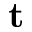
\mathbf { t }